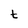
Character: t